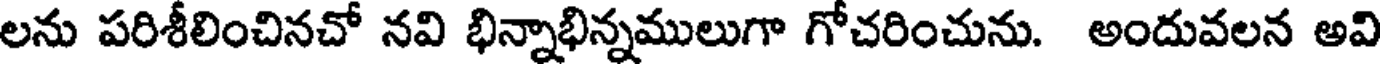
లను పరిశీలించినచో నవి భిన్నాభిన్నములుగా గోచరించును. అందువలన అవి